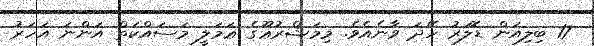
17 ބިލިއަން ޑޮލަރު ހޭދަ ވާނެއެވެ. މިމަޝްރުޢޫގެ ޢަމަލީ މަސައްކަތް އަންނަ އަހަރު